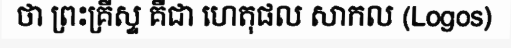
ថា ព្រះគ្រីស្ទ គឺជា ហេតុផល សាកល (Logos)